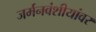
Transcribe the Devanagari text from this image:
जर्मनवंशीयांवर